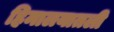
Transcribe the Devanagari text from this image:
हिमालयातली